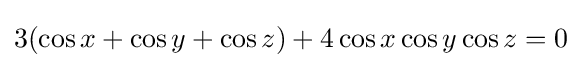
3(\cos x+\cos y+\cos z)+4\cos x\cos y\cos z=0